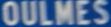
OULMES